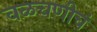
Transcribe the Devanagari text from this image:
वळचणीचं